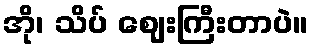
အို၊ သိပ် ဈေးကြီးတာပဲ။